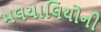
મલયાલિયોની